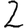
Digit: 2